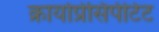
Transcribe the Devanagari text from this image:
क्रायोप्रेसिपीटेट